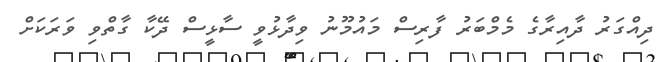
ދިއްގަރު ދާއިރާގެ މެމްބަރު ފާރިސް މައުމޫނު ވިދާޅުވީ ސާޅީސް ދޭކާ ގާތްވި ވަރަކަށް